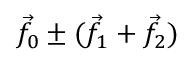
{ \vec { f } } _ { 0 } \pm ( { \vec { f } } _ { 1 } + { \vec { f } } _ { 2 } )